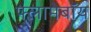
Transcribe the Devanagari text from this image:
फ्लामेबॉय